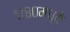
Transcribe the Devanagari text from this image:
१७८०मध्ये